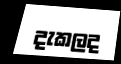
දැකලද